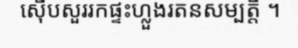
ស៊ើបសួររកផ្ទះហ្លួងរតនសម្បត្តិ ។